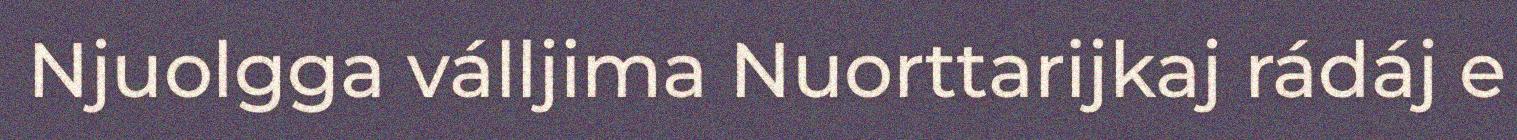
Njuolgga válljima Nuorttarijkaj rádáj e